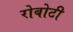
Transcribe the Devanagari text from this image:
रोबोटी